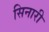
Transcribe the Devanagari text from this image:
सिनारी